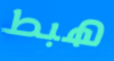
هبط